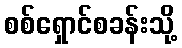
စစ်ရှောင်စခန်းသို့